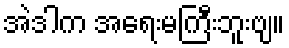
အဲဒါက အရေးမကြီးဘူးဗျ။